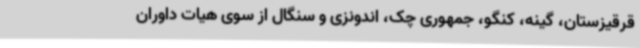
قرقیزستان، گینه، کنگو، جمهوری چک، اندونزی و سنگال از سوی هیات داوران